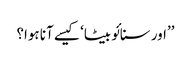
’’اور سنائو بیٹا‘ کیسے آنا ہوا؟